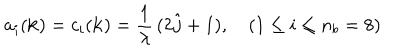
a _ { i } ( { \bf k } ) = c _ { i } ( { \bf k } ) = \frac { 1 } { \lambda } \, ( 2 \hat { j } + 1 ) , \quad ( 1 \leq i \leq n _ { b } = 8 )